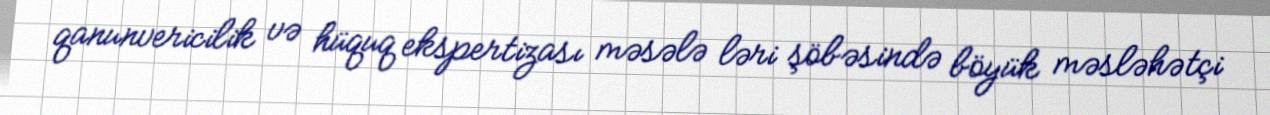
qanunvericilik və hüquq ekspertizası məsələ ləri şöbəsində böyük məsləhətçi